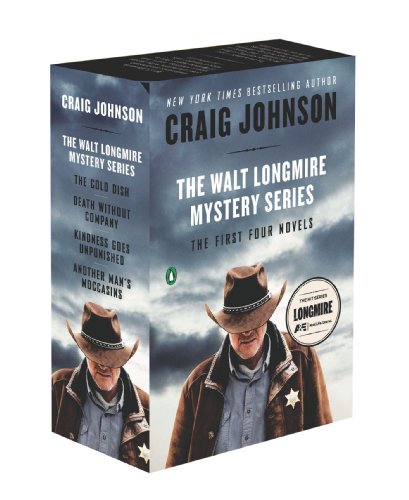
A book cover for The Walt Longmire Mystery Series Boxed Set Volumes 1-4 (Walt Longmire Mysteries); Craig Johnson; Mystery, Thriller & Suspense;